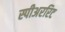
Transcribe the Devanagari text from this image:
स्पीअररिट